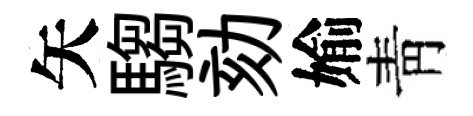
矢騶劾媮靑